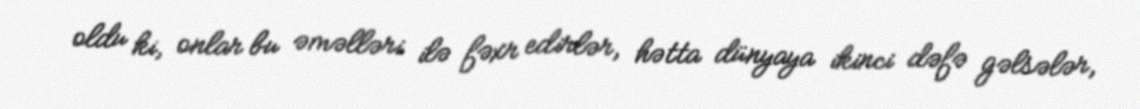
oldu ki, onlar bu əməlləri ilə fəxr edirlər, hətta dünyaya ikinci dəfə gəlsələr,